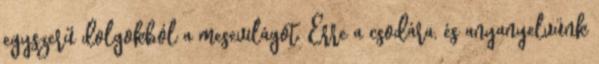
egyszerű dolgokból a mesevilágot. Erre a csodára, és anyanyelvünk